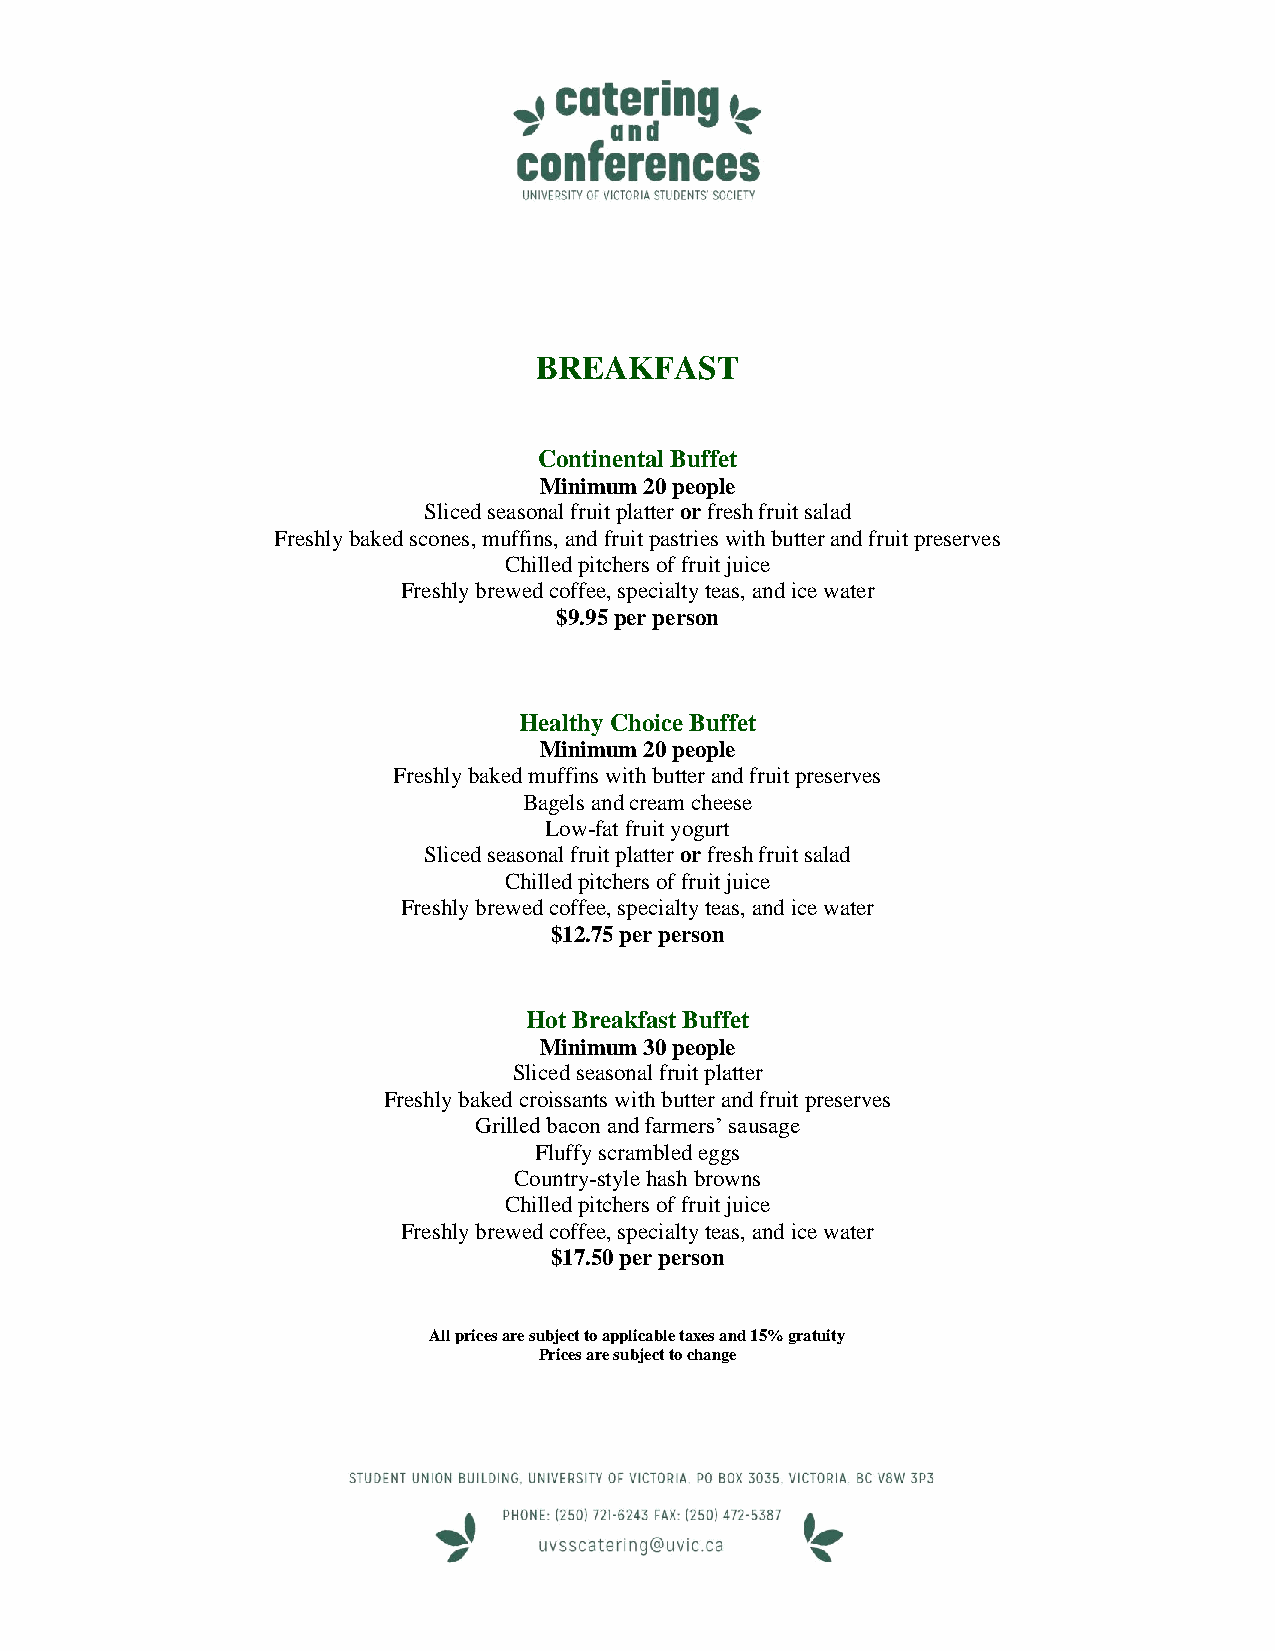
BREAKFAST
 Continental Buffet
 Minimum 20 people
 Sliced seasonal fruit platter or fresh fruit salad
 Freshly baked scones, muffins, and fruit pastries with butter and fruit preserves
 Chilled pitchers of fruit juice
 Freshly brewed coffee, specialty teas, and ice water
 $9.95 per person
 Healthy Choice Buffet
 Minimum 20 people
 Freshly baked muffins with butter and fruit preserves
 Bagels and cream cheese
 Low-fat fruit yogurt
 Sliced seasonal fruit platter or fresh fruit salad
 Chilled pitchers of fruit juice
 Freshly brewed coffee, specialty teas, and ice water
 $12.75 per person
 Hot Breakfast Buffet
 Minimum 30 people
 Sliced seasonal fruit platter
 Freshly baked croissants with butter and fruit preserves
 Grilled bacon and farmers’ sausage
 Fluffy scrambled eggs
 Country-style hash browns
 Chilled pitchers of fruit juice
 Freshly brewed coffee, specialty teas, and ice water
 $17.50 per person
 All prices are subject to applicable taxes and 15% gratuity
 Prices are subject to change